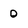
Character: 0